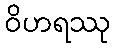
ဝိဟရဿု